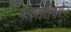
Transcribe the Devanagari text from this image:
पालसियों